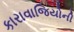
કારાવાજિયોની